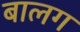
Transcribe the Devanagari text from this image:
बालग